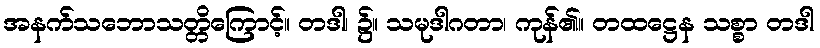
အနက်သဘောသတ္တိကြောင့်။ တဒါ၊ ၌။ သမုဒါဂတာ၊ ကုန်၏။ တထဋ္ဌေန သစ္စာ တဒါ